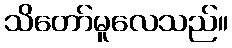
သိတော်မူလေသည်။